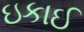
ઇકાઈ